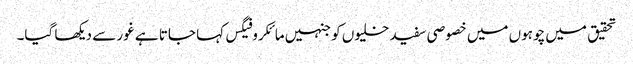
تحقیق میں چوہوں میں خصوصی سفید خلیوں کو جنہیں مائکروفیگس کہا جاتا ہے غور سے دیکھا گیا۔